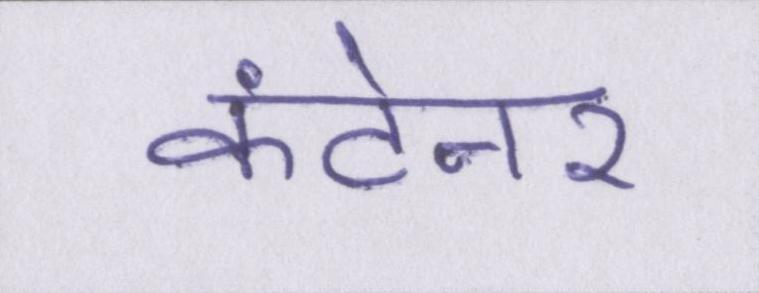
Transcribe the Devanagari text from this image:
कंटेनर